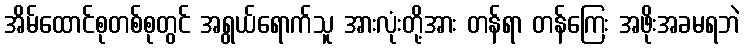
အိမ်ထောင်စုတစ်စုတွင် အရွယ်ရောက်သူ အားလုံးတို့အား တန်ရာ တန်ကြေး အဖိုးအခမရဘဲ